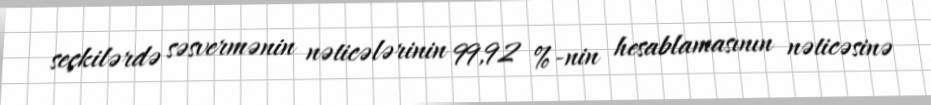
seçkilərdə səsvermənin nəticələrinin 99,92 %-nin hesablamasının nəticəsinə